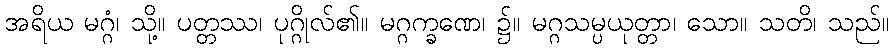
အရိယ မဂ္ဂံ၊ သို့။ ပတ္တဿ၊ ပုဂ္ဂိုလ်၏။ မဂ္ဂက္ခဏေ၊ ၌။ မဂ္ဂသမ္ပယုတ္တာ၊ သော။ သတိ၊ သည်။